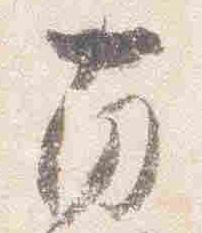
南